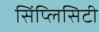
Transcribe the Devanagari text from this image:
सिंप्लिसिटी